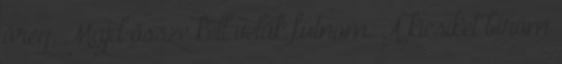
öreg. Majd össze kell velük futnom. A kicsiket bírom